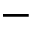
-